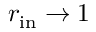
r _ { \mathrm { i n } } \to 1